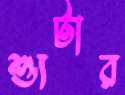
শ্যুটার